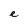
Character: e